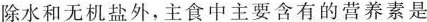
除水和无机盐外，主食中主要含有的营养素是